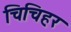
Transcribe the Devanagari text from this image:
चिचिहर